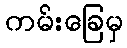
ကမ်းခြေမှ